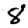
Digit: 8